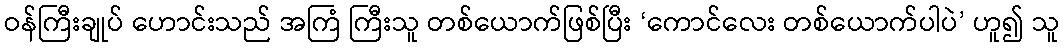
ဝန်ကြီးချုပ် ဟောင်းသည် အကြံ ကြီးသူ တစ်ယောက်ဖြစ်ပြီး ‘ကောင်လေး တစ်ယောက်ပါပဲ’ ဟူ၍ သူ